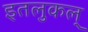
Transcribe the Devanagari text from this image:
इतलुकल्